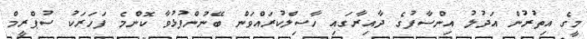
މީގެ އިތުރުން އަދުލު އިންސާފުގެ ދާއިރާގައި ހާސިލްކުރައްވަން ބޭނުންފުޅުވާ ކޮންމެ ފަހަރަކު ސުޕްރީމް